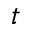
t